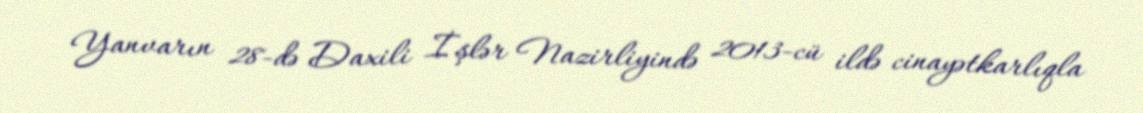
Yanvarın 28-də Daxili İşlər Nazirliyində 2013-cü ildə cinayətkarlıqla